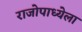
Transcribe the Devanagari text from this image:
राजोपाध्येला